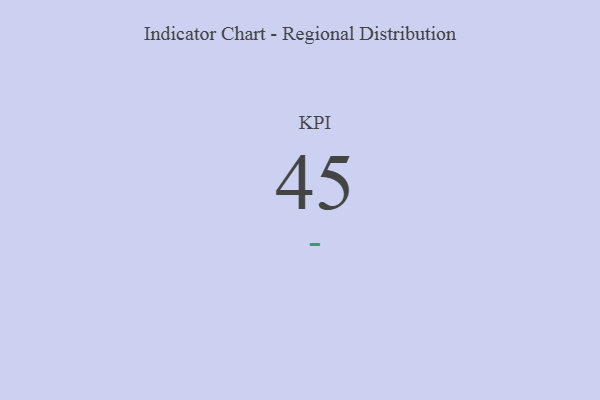
{"axis": {"x": "KPI", "y": "Value"}, "legend": [""], "data": [{"x": "KPI", "y": 45, "type": ""}]}